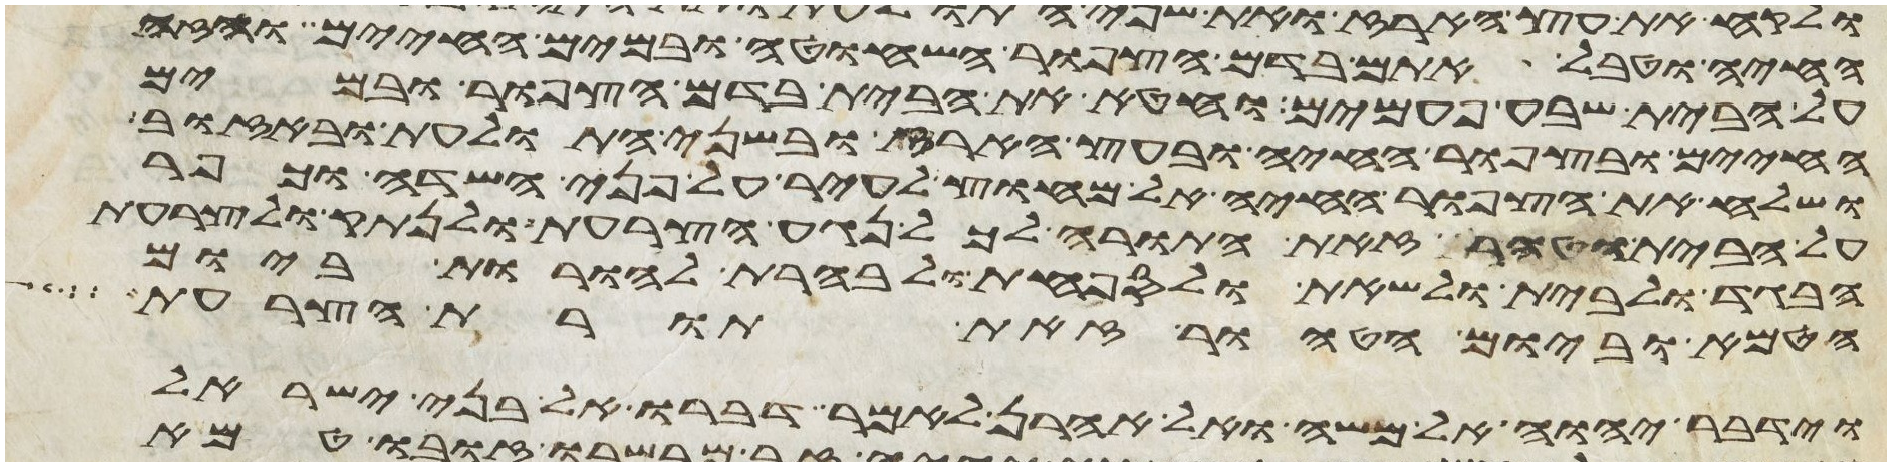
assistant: החיה וטבל אתם בדם הצפור השחוטה ובמים החיים והזה
על הבית שבע פעמים וחטא את הבית בדם הצפור ובמים
החיים ובצפור החיה ובעץ הארז ובשני התולעת ובאזוב
ושלח את הצפור החיה אל מחוץ לעיר על פני השדה וכפר
על הבית וטהר זאת התורה לכל נגע הצרעת ולנתק ולצרעת
הבגד ולבית ולשאת ולספחת ולבהרת להורות ביום
הטמא וביום הטהור זאת תורת הצרעת
וידבר יהוה אל משה ואל אהרן לאמר דברו אל בני ישראל